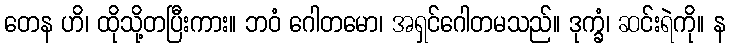
တေန ဟိ၊ ထိုသို့တပြီးကား။ ဘဝံ ဂေါတမော၊ အရှင်ဂေါတမသည်။ ဒုက္ခံ၊ ဆင်းရဲကို။ န